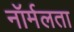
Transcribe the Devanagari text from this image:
नॉर्मलता